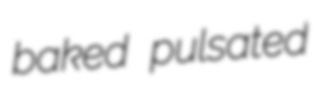
baked pulsated